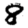
Digit: 8